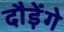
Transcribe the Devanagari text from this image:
दौड़ेंगे